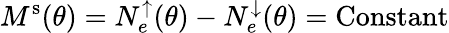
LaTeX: M^{\mathrm{s}}(\theta)=N_{e}^{\uparrow}(\theta)-N_{e}^{\downarrow}(\theta)=\mathrm{Constant}